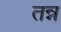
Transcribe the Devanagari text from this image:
तन्न